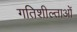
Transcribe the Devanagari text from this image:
गतिशील्ताओं